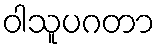
ဝါသူပဂတာ